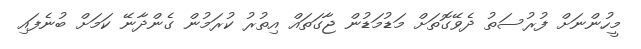
މީހުންނަށް ފުރުސަތު ދެވޭގޮތަށް މަޑުމަޑުން ޖާގަތައް އިތުރު ކުރަމުން ގެންދާނޭ ކަމަށް ބުނެފައި